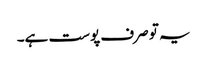
یہ تو صرف پوست ہے۔